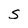
Character: S